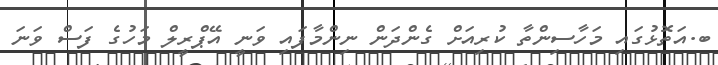
ބ.އަތޮޅުގައި މަހާސިންތާ ކުރިއަށް ގެންދަން ނިންމާފައި ވަނީ އޭޕްރީލް މަހުގެ ފަސް ވަނަ